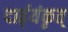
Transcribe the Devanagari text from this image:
दार्ढ्‌यंकृत्